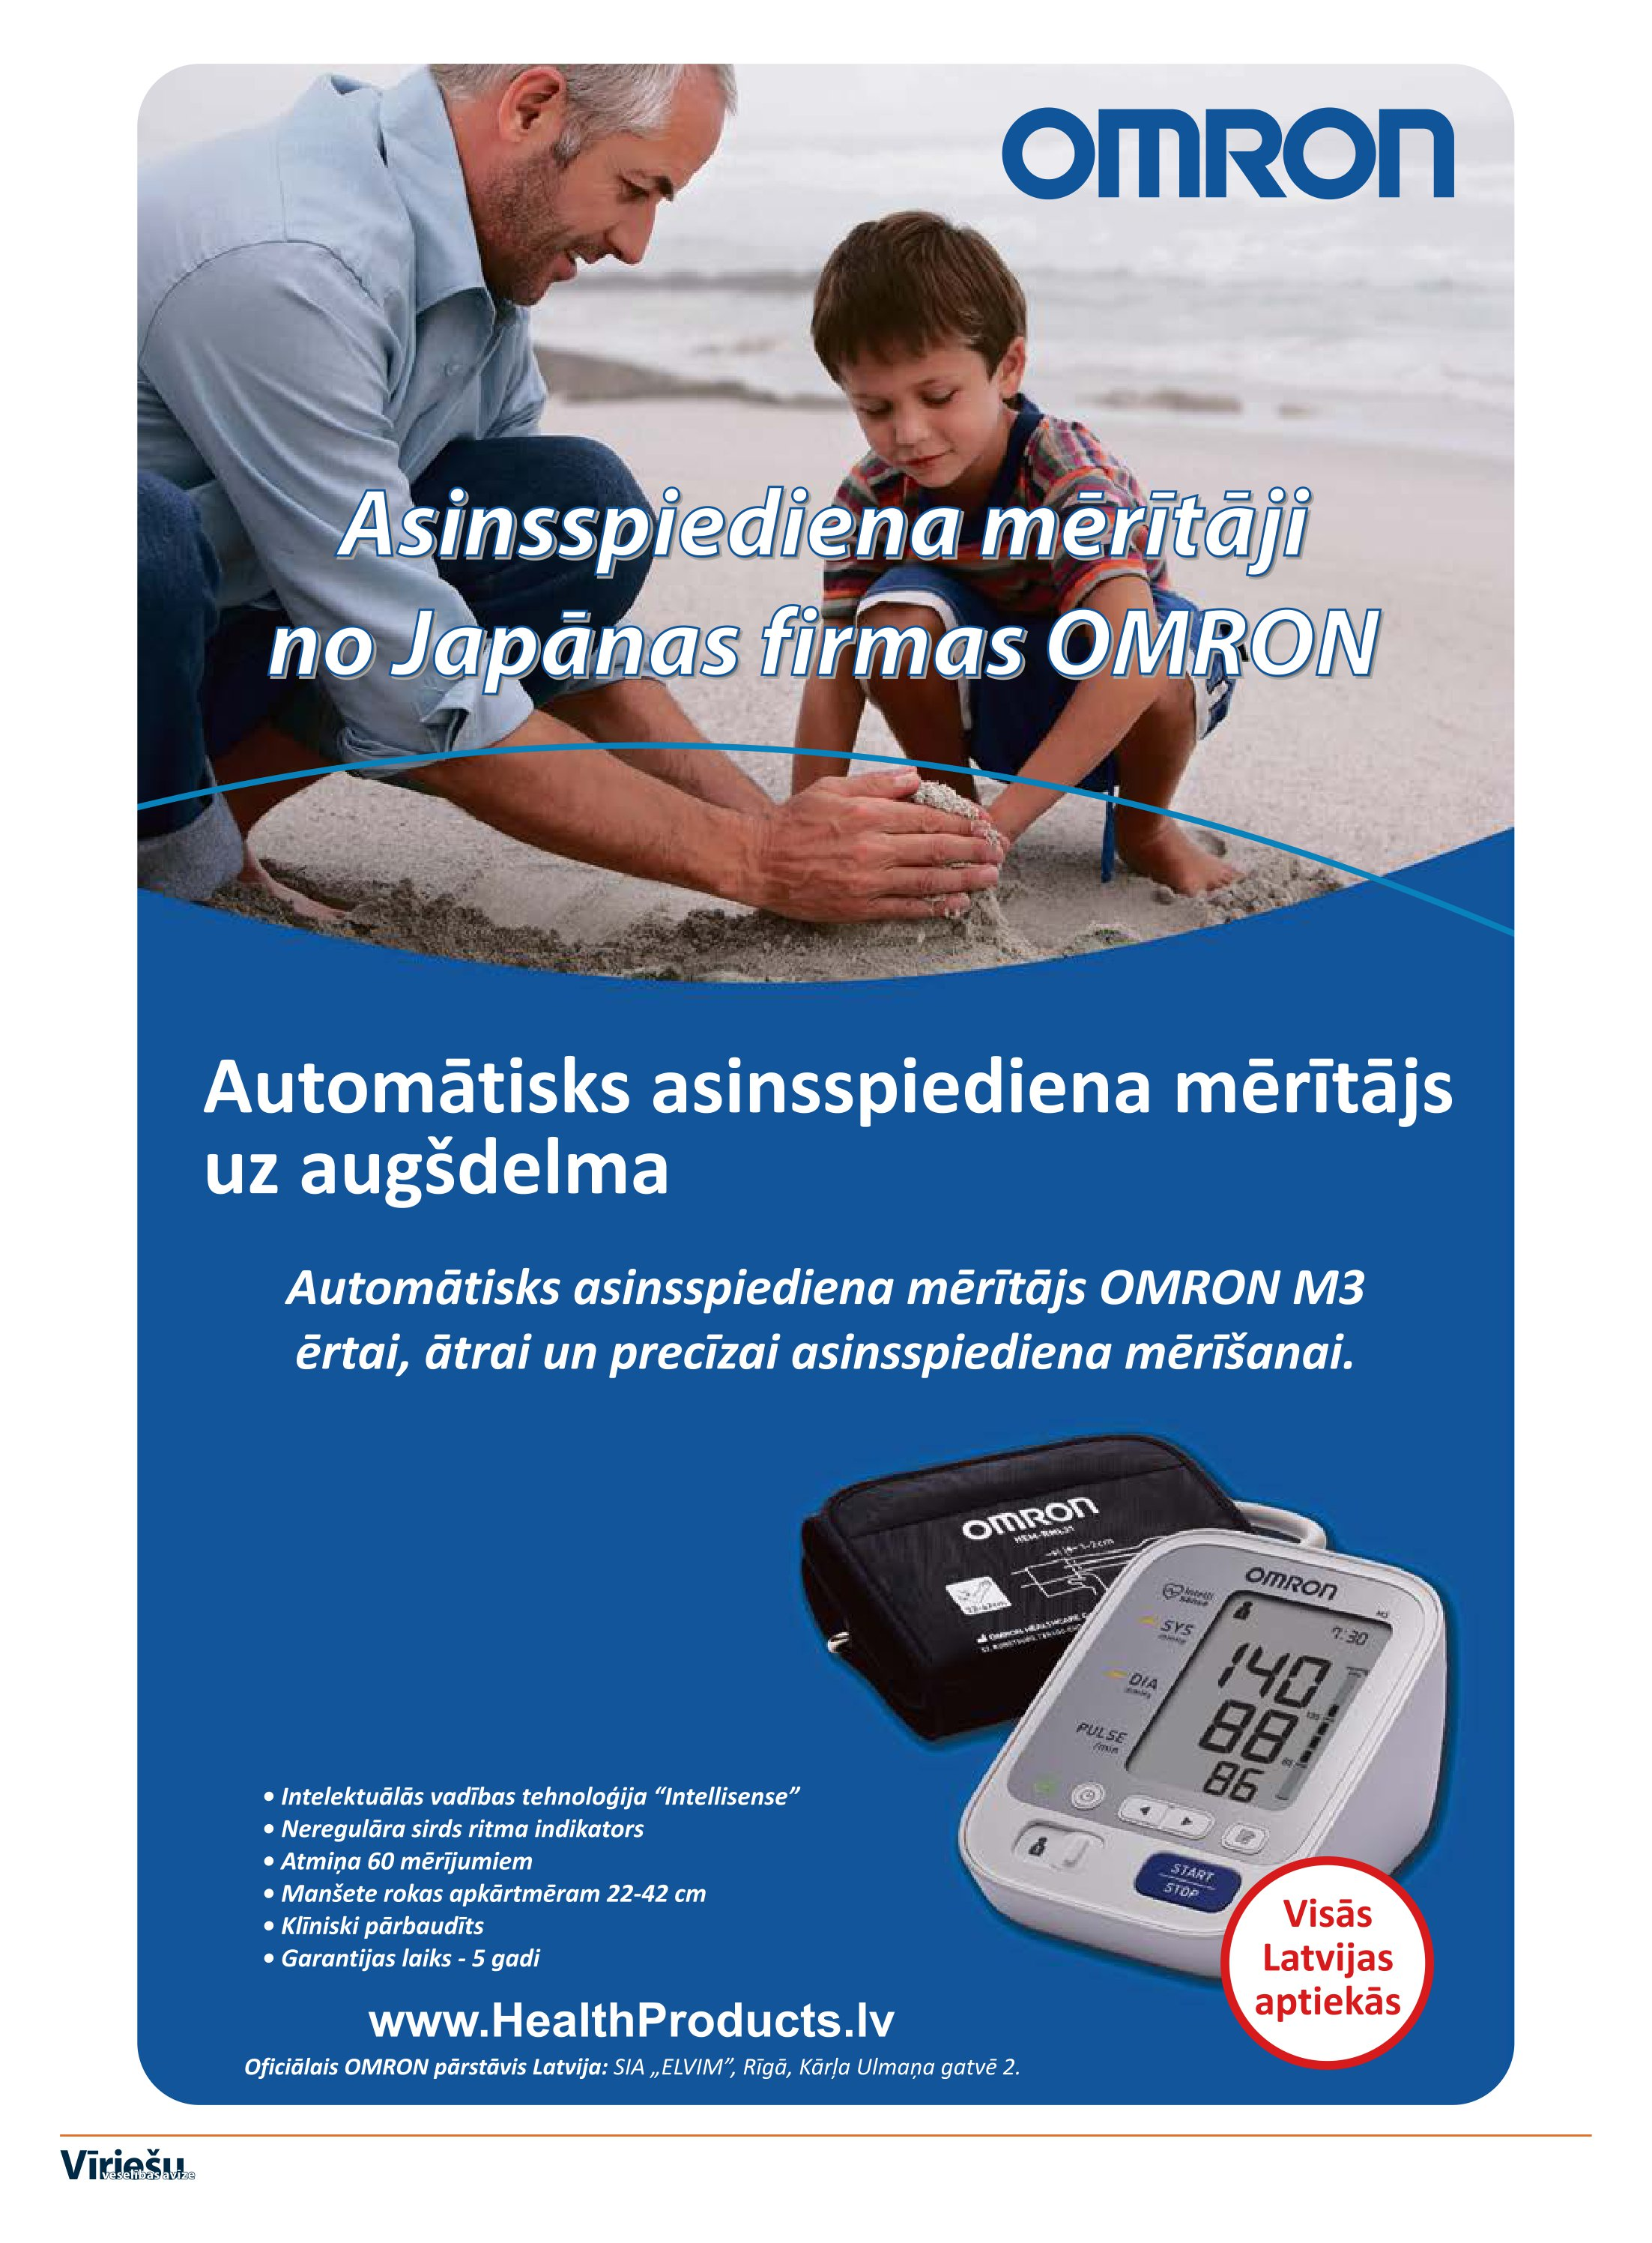
Language: lv